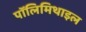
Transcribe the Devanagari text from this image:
पॉलिमिथाइल